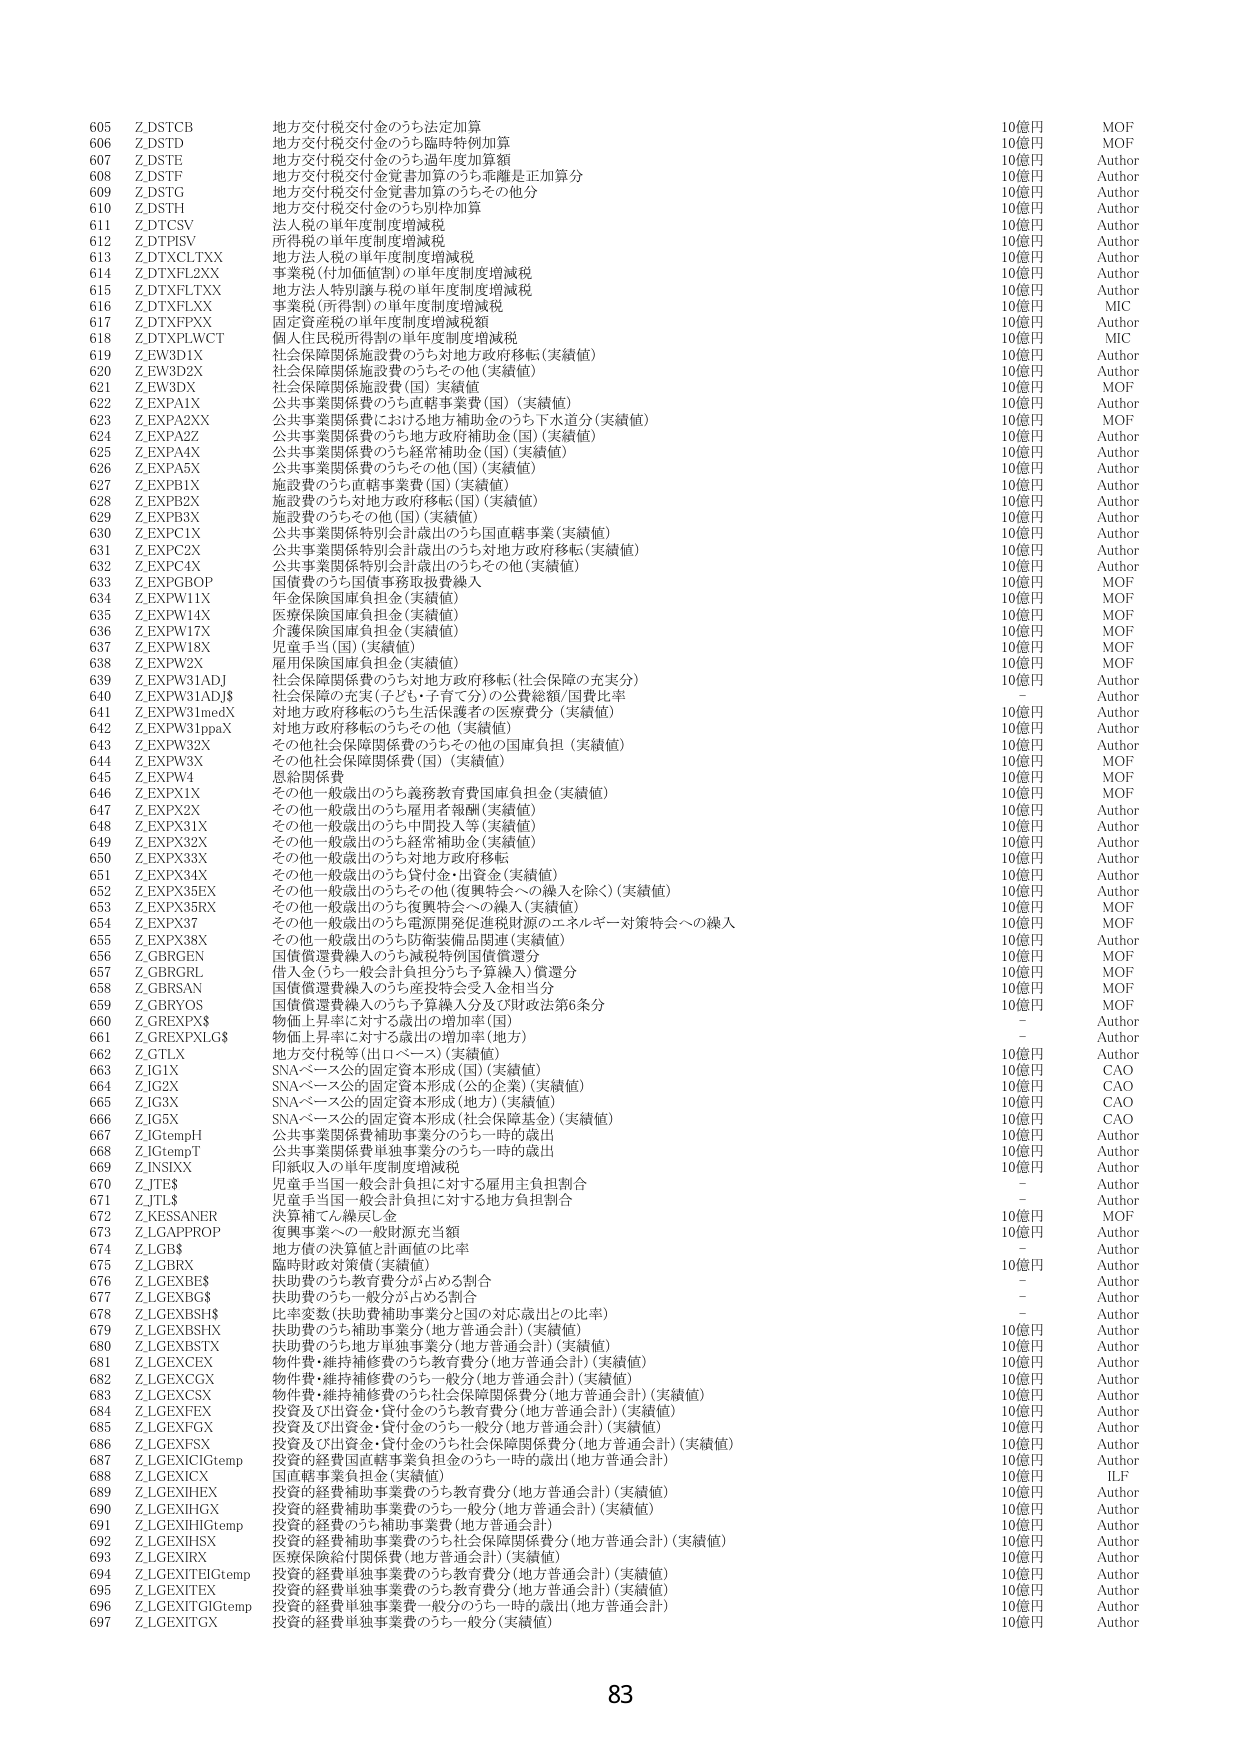
605 Z.DSTCB 地方交付税交付金のうち法定加算 10億円 MOF
606 Z.DSTD 地方交付税交付金のうち臨時特例加算 10億円 MOF
607 Z.DSTE 地方交付税交付金のうち過年度加算額 10億円 Author
608 Z.DSTF 地方交付税交付金覚書加算のうち乖離是正加算分 10億円 Author
609 Z.DSTG 地方交付税交付金覚書加算のうちその他分 10億円 Author
610 Z.DSTH 地方交付税交付金のうち別枠加算 10億円 Author
611 Z.DTGSV 法人税の単年度制度増減税 10億円 Author
612 Z.DTPISV 所得税の単年度制度増減税 10億円 Author
613 Z.DTXCL.TXX 地方法人税の単年度制度増減税 10億円 Author
614 Z.DTXFL2XX 事業税(付加価値割)の単年度制度増減税 10億円 Author
615 Z.DTXFL.TXX 地方法人特別譲与税の単年度制度増減税 10億円 Author
616 Z.DTXFLXX 事業税(所得割)の単年度制度増減税 10億円 MIC
617 Z.DTXFPXX 固定資産税の単年度制度増減税額 10億円 Author
618 Z.DTXPLWCT 個人住民税所得割の単年度制度増減税 10億円 MIC
619 Z.EW3D1X 社会保障関係施設費のうち対地方政府移転(実績値) 10億円 Author
620 Z.EW3D2X 社会保障関係施設費のうちその他(実績値) 10億円 Author
621 Z.EW3DX 社会保障関係施設費(国)(実績値) 10億円 MOF
622 Z.EXPA1X 公共事業関係費のうち直轄事業費(国)(実績値) 10億円 Author
623 Z.EXPA2XX 公共事業関係費における地方補助金のうち下水道分(実績値) 10億円 MOF
624 Z.EXPA2Z 公共事業関係費のうち地方政府補助金(国)(実績値) 10億円 Author
625 Z.EXPA4X 公共事業関係費のうち経常補助金(国)(実績値) 10億円 Author
626 Z.EXPA5X 公共事業関係費のうちその他(国)(実績値) 10億円 Author
627 Z.EXPB1X 施設費のうち直轄事業費(国)(実績値) 10億円 Author
628 Z.EXPB2X 施設費のうち対地方政府移転(国)(実績値) 10億円 Author
629 Z.EXPB3X 施設費のうちその他(国)(実績値) 10億円 Author
630 Z.EXPC1X 公共事業関係特別会計歳出のうち国直轄事業(実績値) 10億円 Author
631 Z.EXPC2X 公共事業関係特別会計歳出のうち対地方政府移転(実績値) 10億円 Author
632 Z.EXPC4X 公共事業関係特別会計歳出のうちその他(実績値) 10億円 Author
633 Z.EXPG8OP 国債費のうち国債事務取扱費繰入 10億円 MOF
634 Z.EXPW11X 年金保険国庫負担金(実績値) 10億円 MOF
635 Z.EXPW14X 医療保険国庫負担金(実績値) 10億円 MOF
636 Z.EXPW17X 介護保険国庫負担金(実績値) 10億円 MOF
637 Z.EXPW18X 児童手当(国)(実績値) 10億円 MOF
638 Z.EXPW2X 雇用保険国庫負担金(実績値) 10億円 MOF
639 Z.EXPW31ADJ 社会保障関係費のうち対地方政府移転(社会保障の充実分) 10億円 Author
640 Z.EXPW31ADJ$ 社会保障の充実(子ども・子育て分)の公費総額/国費比率 - Author
641 Z.EXPW31medX 対地方政府移転のうち生活保護者の医療費分(実績値) 10億円 Author
642 Z.EXPW31ppaX 対地方政府移転のうちその他(実績値) 10億円 Author
643 Z.EXPW32X その他社会保険関係費のうちその他(国庫負担)(実績値) 10億円 Author
644 Z.EXPW3X その他社会保障関係費(国)(実績値) 10億円 MOF
645 Z.EXPW4 恩給関係費 10億円 MOF
646 Z.EXPX1X その他一般歳出のうち義務教育費国庫負担金(実績値) 10億円 MOF
647 Z.EXPX2X その他一般歳出のうち雇用者報酬(実績値) 10億円 Author
648 Z.EXPX31X その他一般歳出のうち中間投入等(実績値) 10億円 Author
649 Z.EXPX32X その他一般歳出のうち経常補助金(実績値) 10億円 Author
650 Z.EXPX33X その他一般歳出のうち対地方政府移転 10億円 Author
651 Z.EXPX34X その他一般歳出のうち貸付金・出資金(実績値) 10億円 Author
652 Z.EXPX35EX その他一般歳出のうちその他(復興特会への繰入を除く)(実績値) 10億円 Author
653 Z.EXPX35RX その他一般歳出のうち復興特会への繰入(実績値) 10億円 MOF
654 Z.EXPX37 その他一般歳出のうち電源開発促進税財源のエネルギー対策特会への繰入 10億円 MOF
655 Z.EXPX38X その他一般歳出のうち防衛装備品関連(実績値) 10億円 Author
656 Z.GBRGEN 国債償還費繰入のうち減税特例国債償還分 10億円 MOF
657 Z.GBRGRL 借入金(うち一般会計負担分うち予算繰入)償還分 10億円 MOF
658 Z.GBRSAN 国債償還費繰入のうち産投特会受入金相当分 10億円 MOF
659 Z.GBRYOS 国債償還費繰入のうち予算繰入分及び財政法第6条分 10億円 MOF
660 Z.GREXFX$ 物価上昇率に対する歳出の増加率(国) - Author
661 Z.GREXFXLG$ 物価上昇率に対する歳出の増加率(地方) - Author
662 Z.GTLX 地方交付税等(出ロペーペ)(実績値) 10億円 Author
663 Z.JG1X SNAベース公的固定資本形成(国)(実績値) 10億円 CAO
664 Z.JG2X SNAベース公的固定資本形成(公的企業)(実績値) 10億円 CAO
665 Z.JG3X SNAベース公的固定資本形成(地方)(実績値) 10億円 CAO
666 Z.JG5X SNAベース公的固定資本形成(社会保障基金)(実績値) 10億円 CAO
667 Z.JGtempH 公共事業関係費補助事業分のうち一時的歳出 10億円 Author
668 Z.JGtempT 公共事業関係費単独事業分のうち一時的歳出 10億円 Author
669 Z.JN3IX 印紙収入の単年度制度増減税 10億円 Author
670 Z.JTE$ 児童手当国一般会計負担に対する雇用主負担割合 - Author
671 Z.JTL$ 児童手当国一般会計負担に対する地方負担割合 - Author
672 Z.KESSANER 決算補てん繰戻し金 10億円 MOF
673 Z.LGAPPROP 復興事業への一般財源充当額 10億円 Author
674 Z.LGB$ 地方債の決算値と計画値の比率 - Author
675 Z.LGBRX 臨時財政対策債(実績値) 10億円 Author
676 Z.LGEXBES 扶助費のうち教育費分が占める割合 - Author
677 Z.LGEXBG$ 扶助費のうち一般分が占める割合 - Author
678 Z.LGEXBSH$ 比率変数(扶助費補助事業分と国の対応歳出との比率) - Author
679 Z.LGEXBSHX 扶助費のうち補助事業分(地方普通会計)(実績値) 10億円 Author
680 Z.LGEXBSTX 扶助費のうち地方単独事業分(地方普通会計)(実績値) 10億円 Author
681 Z.LGEXCX 物件費・維持補修費のうち教育費分(地方普通会計)(実績値) 10億円 Author
682 Z.LGEXCGX 物件費・維持補修費のうち一般分(地方普通会計)(実績値) 10億円 Author
683 Z.LGEXCSX 物件費・維持補修費のうち社会保障関係費分(地方普通会計)(実績値) 10億円 Author
684 Z.LGEXFEX 投資及び出資金・貸付金のうち教育費分(地方普通会計)(実績値) 10億円 Author
685 Z.LGEXFGX 投資及び出資金・貸付金のうち一般分(地方普通会計)(実績値) 10億円 Author
686 Z.LGEXFSX 投資及び出資金・貸付金のうち社会保障関係費分(地方普通会計)(実績値) 10億円 Author
687 Z.LGEXICIGtemp 投資的経費国直轄事業負担金のうち一時的歳出(地方普通会計) 10億円 Author
688 Z.LGEXICX 国直轄事業負担金(実績値) 10億円 ILF
689 Z.LGEXIHEX 投資的経費補助事業費のうち教育費分(地方普通会計)(実績値) 10億円 Author
690 Z.LGEXIHGX 投資的経費補助事業費のうち一般分(地方普通会計)(実績値) 10億円 Author
691 Z.LGEXIHGtemp 投資的経費のうち補助事業費(地方普通会計) 10億円 Author
692 Z.LGEXIHSX 投資的経費補助事業費のうち社会保障関係費分(地方普通会計)(実績値) 10億円 Author
693 Z.LGEXIRX 医療保険給付関係費(地方普通会計)(実績値) 10億円 Author
694 Z.LGEXITEGtemp 投資的経費単独事業費のうち教育費分(地方普通会計)(実績値) 10億円 Author
695 Z.LGEXITEX 投資的経費単独事業費のうち教育費分(地方普通会計)(実績値) 10億円 Author
696 Z.LGEXITGIGtemp 投資的経費単独事業費一般分のうち一時的歳出(地方普通会計) 10億円 Author
697 Z.LGEXITGX 投資的経費単独事業費のうち一般分(実績値) 10億円 Author

83